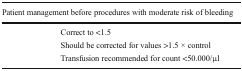
<table><thead><tr><td colspan="2"><b>Patient management before procedures with moderate risk of bleeding</b></td></tr></thead><tbody><tr><td>[EMPTY_CELL]</td><td>Correct to &lt;1.5</td></tr><tr><td>[EMPTY_CELL]</td><td>Should be corrected for values &gt;1.5 × control</td></tr><tr><td>[EMPTY_CELL]</td><td>Transfusion recommended for count &lt;50.000/μl</td></tr></tbody></table>